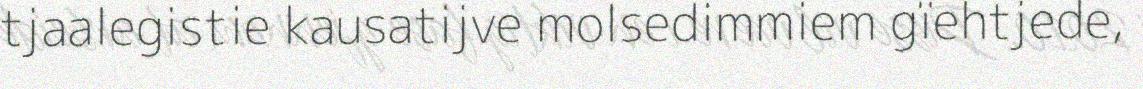
tjaalegistie kausatijve molsedimmiem gïehtjede,